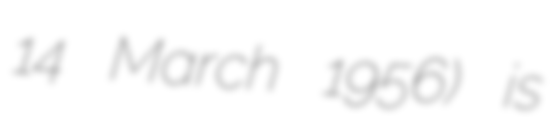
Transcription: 14 March 1956) is